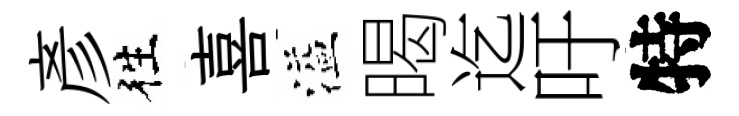
彦徃喜溢暍迄吁特